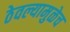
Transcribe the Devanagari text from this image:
ठेवल्यामुळेच